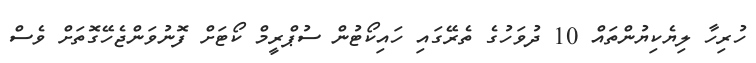
ހުރިހާ ލިޔެކިޔުންތައް 10 ދުވަހުގެ ތެރޭގައި ހައިކޯޓުން ސުޕްރީމް ކޯޓަށް ފޮނުވަންޖެހޭގޮތަށް ވެސް